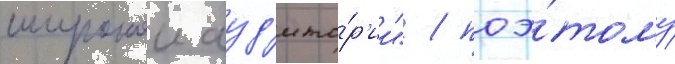
широкои ауд'ито́р'ии" / поэ́тому